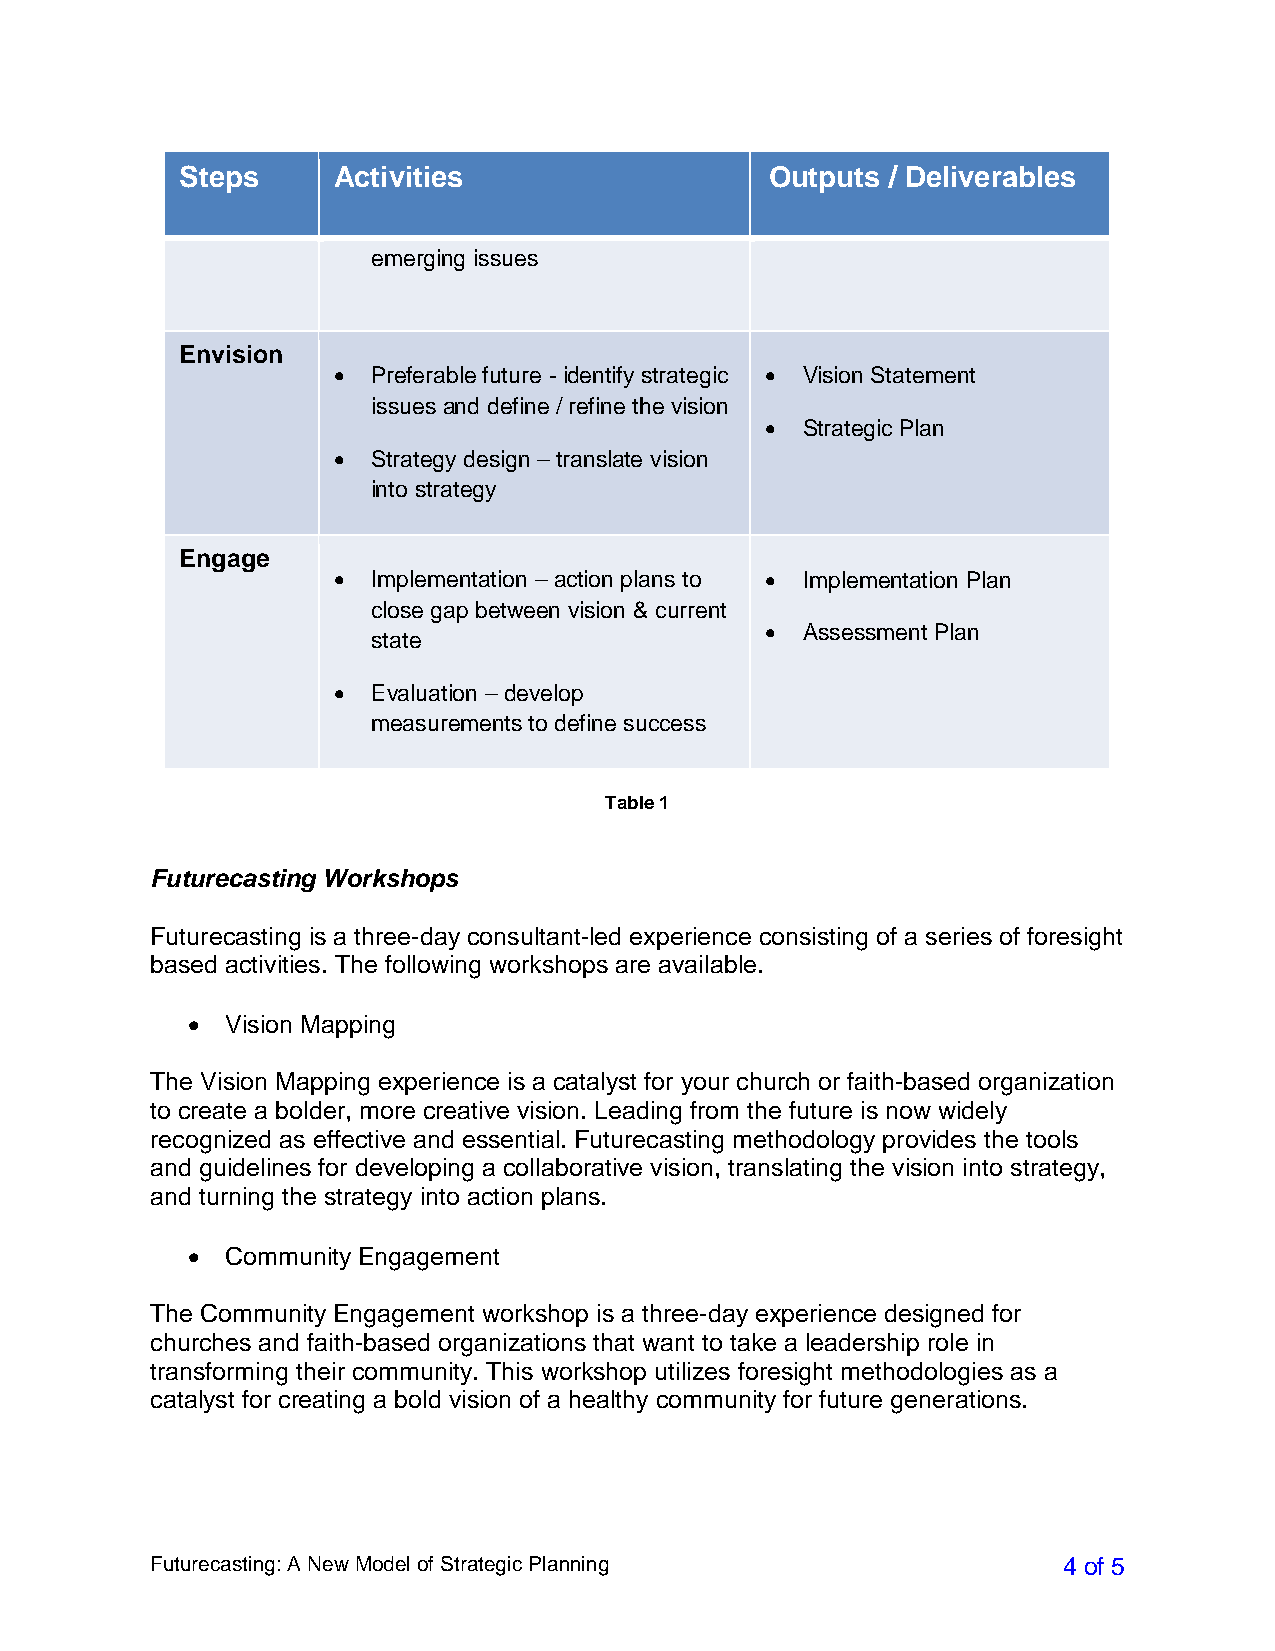
Steps     Activities                   Outputs / Deliverables
 emerging issues
 Envision
 •  Preferable future - identify strategic • Vision Statement
 issues and define / refine the vision
 • Strategic Plan
 •  Strategy design – translate vision
 into strategy
 Engage
 •  Implementation – action plans to • Implementation Plan
 close gap between vision & current
 • Assessment Plan
 state
 •  Evaluation – develop
 measurements to define success
 Table 1
 Futurecasting Workshops
 Futurecasting is a three-day consultant-led experience consisting of a series of foresight
 based activities. The following workshops are available.
 •  Vision Mapping
 The Vision Mapping experience is a catalyst for your church or faith-based organization
 to create a bolder, more creative vision. Leading from the future is now widely
 recognized as effective and essential. Futurecasting methodology provides the tools
 and guidelines for developing a collaborative vision, translating the vision into strategy,
 and turning the strategy into action plans.
 •  Community Engagement
 The Community Engagement workshop is a three-day experience designed for
 churches and faith-based organizations that want to take a leadership role in
 transforming their community. This workshop utilizes foresight methodologies as a
 catalyst for creating a bold vision of a healthy community for future generations.
 Futurecasting: A New Model of Strategic Planning            4 of 5